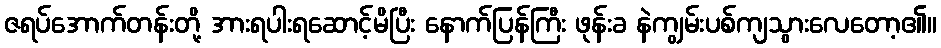
ဇရပ်အောက်တန်းတို့ အားရပါးရဆောင့်မိပြီး နောက်ပြန်ကြီး ဖုန်းခ နဲကျွမ်းပစ်ကျသွားလေတော့၏။